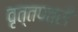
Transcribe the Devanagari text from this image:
वृत्तपत्री